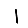
Digit: 1